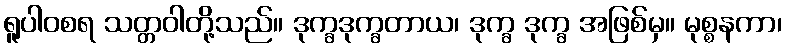
ရူပါဝစရ သတ္တဝါတို့သည်။ ဒုက္ခဒုက္ခတာယ၊ ဒုက္ခ ဒုက္ခ အဖြစ်မှ။ မုစ္စနကာ၊